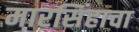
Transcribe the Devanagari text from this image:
मारसिंहाचा